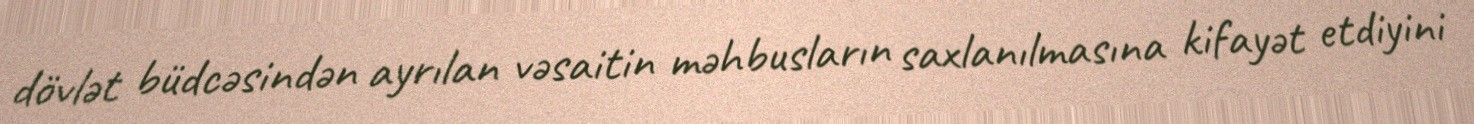
dövlət büdcəsindən ayrılan vəsaitin məhbusların saxlanılmasına kifayət etdiyini